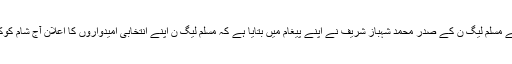
واضح رہے مسلم لیگ ن کے صدر محمد شہباز شریف نے اپنے پیغام میں بتایا ہے کہ مسلم لیگ ن اپنے انتخابی امیدواروں کا اعلان آج شام کوکردے گی۔